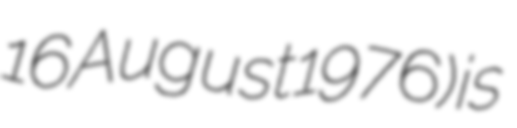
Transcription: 16 August 1976) is